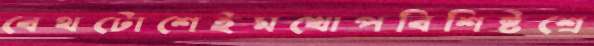
বেথটোশেইমখোপবিশিষ্টশ্রে